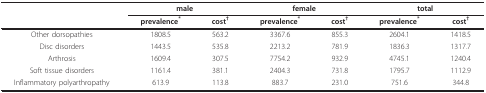
|  | <COLSPAN=2> male | <COLSPAN=2> female | <COLSPAN=2> total |
 |  | prevalence* | cost† | prevalence* | cost† | prevalence* | cost† |
 | --- | --- | --- | --- | --- | --- | --- |
 | Other dorsopathies | 1808.5 | 563.2 | 3367.6 | 855.3 | 2604.1 | 1418.5 |
 | Disc disorders | 1443.5 | 535.8 | 2213.2 | 781.9 | 1836.3 | 1317.7 |
 | Arthrosis | 1609.4 | 307.5 | 7754.2 | 932.9 | 4745.1 | 1240.4 |
 | Soft tissue disorders | 1161.4 | 381.1 | 2404.3 | 731.8 | 1795.7 | 1112.9 |
 | Inflammatory polyarthropathy | 613.9 | 113.8 | 883.7 | 231.0 | 751.6 | 344.8 |